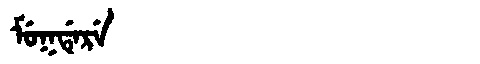
Manchu: ᠮᡠᡴᡩᡝᡵᡝ
Romanization: MUKDERE